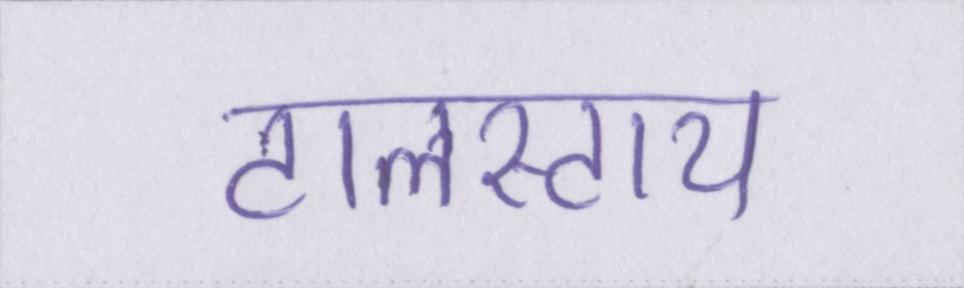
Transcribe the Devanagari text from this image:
टालस्टाय